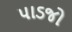
પાડજો